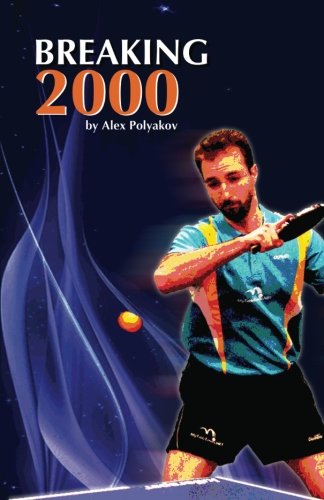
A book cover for Breaking 2000; Alex Polyakov; Sports & Outdoors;